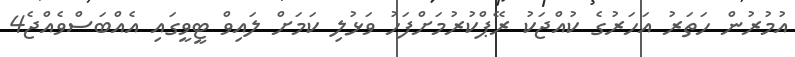
އުމުރުން ހަތަރު އަހަރުގެ ކުއްޖަކު ރޭޕްކުރުމަށްފަހު ވަޅުލި ކަމަށް ލައިވް ޓީވީގައި އެއްބަސްވެއްޖެ4